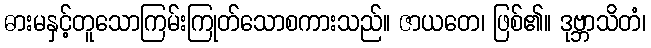
ဓားမနှင့်တူသောကြမ်းကြုတ်သောစကားသည်။ ဇာယတေ၊ ဖြစ်၏။ ဒုဗ္ဘာသိတံ၊